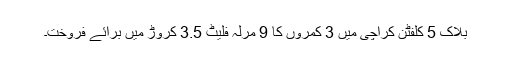
بلاک 5 کلفٹن کراچی میں 3 کمروں کا 9 مرلہ فلیٹ 3.5 کروڑ میں برائے فروخت۔